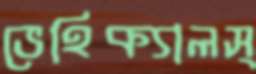
ভেহিক্যালস্